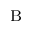
_ \mathrm { B }